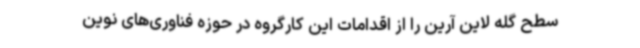
سطح گله لاین آرین را از اقدامات این کارگروه در حوزه فناوری‌های نوین